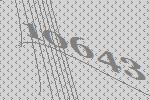
10643